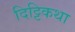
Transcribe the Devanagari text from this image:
दिट्टिकथा